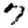
Digit: 7